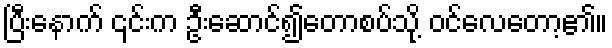
ပြီးနောက် ၎င်းက ဦးဆောင်၍တောစပ်သို့ ဝင်လေတော့၏။